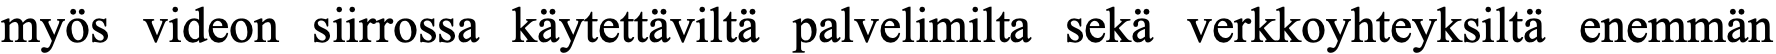
myös videon siirrossa käytettäviltä palvelimilta sekä verkkoyhteyksiltä enemmän